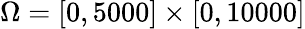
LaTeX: \Omega=[0,5000]\times[0,10000]